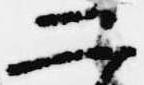
二